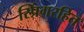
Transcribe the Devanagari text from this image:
स्प्रिंगरहित